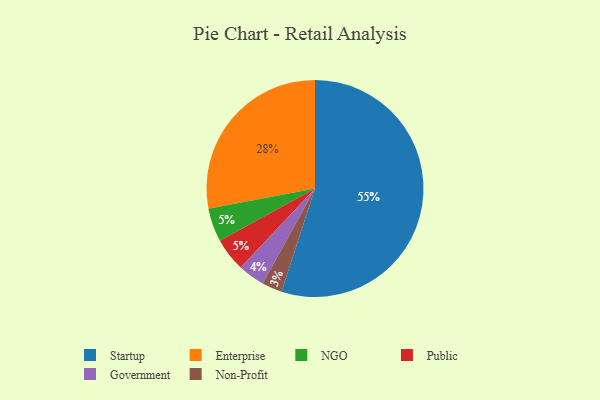
{"axis": {"x": "Category", "y": "Percentage"}, "legend": ["Enterprise", "Government", "NGO", "Non-Profit", "Public", "Startup"], "data": [{"x": "NGO", "y": 5, "type": "NGO"}, {"x": "Public", "y": 5, "type": "Public"}, {"x": "Startup", "y": 55, "type": "Startup"}, {"x": "Enterprise", "y": 28, "type": "Enterprise"}, {"x": "Non-Profit", "y": 3, "type": "Non-Profit"}, {"x": "Government", "y": 4, "type": "Government"}]}